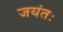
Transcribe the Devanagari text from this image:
जयंतः